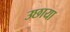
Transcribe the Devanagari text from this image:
उछाया